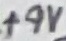
Text: +9V